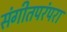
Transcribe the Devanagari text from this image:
संगीतपरंपरा